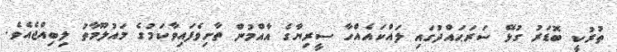
ތުރުކީ ބޮޑަރު ގުޅޭ ސަރަޙައްދުގައި ލައްކައެއްހާ ސީރިޔާގެ އާއްމުން ތާށިވެފައިވާކަމުގެ މައުލޫމާތު ލިބިއްޖެއެވެ.